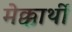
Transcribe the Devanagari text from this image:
मेक्कार्थी